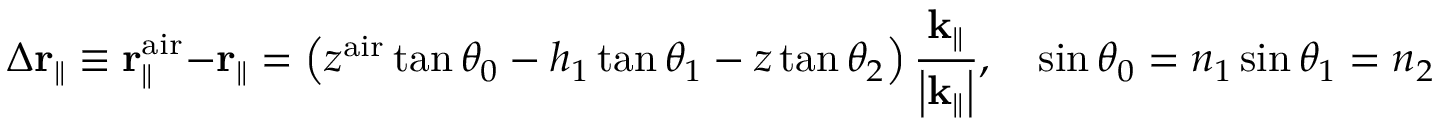
\Delta { \bf r } _ { \parallel } \equiv { \bf r } _ { \parallel } ^ { \mathrm { a i r } } - { \bf r } _ { \parallel } = \left( z ^ { \mathrm { a i r } } \tan \theta _ { 0 } - h _ { 1 } \tan \theta _ { 1 } - z \tan \theta _ { 2 } \right) \frac { { \bf k } _ { \parallel } } { \left| { \bf k } _ { \parallel } \right| } , \quad \sin \theta _ { 0 } = n _ { 1 } \sin \theta _ { 1 } = n _ { 2 } \sin \theta _ { 2 } = \left| { \bf k } _ { \parallel } \right| / k _ { 0 } ,